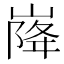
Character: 𡹷